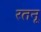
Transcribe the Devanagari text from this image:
रतनू